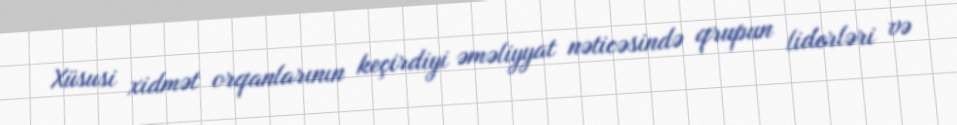
Xüsusi xidmət orqanlarının keçirdiyi əməliyyat nəticəsində qrupun liderləri və